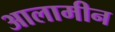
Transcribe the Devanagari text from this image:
आलामीन